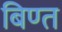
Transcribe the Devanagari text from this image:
बिण्त